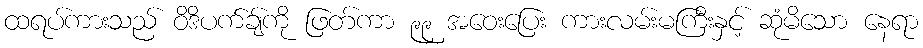
ထရပ်ကားသည် ဝိဒိပက်ချ်ကို ဖြတ်ကာ ၉၉ အဝေးပြေး ကားလမ်းမကြီးနှင့် ဆုံမိသော နေရာ